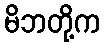
မိဘတို့က